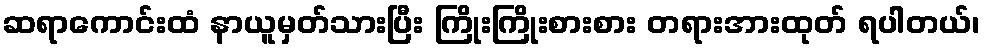
ဆရာကောင်းထံ နာယူမှတ်သားပြီး ကြိုးကြိုးစားစား တရားအားထုတ် ရပါတယ်၊